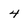
Character: 4